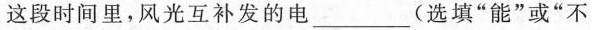
这段时间里，风光互补发的电___(选填”能”或”不